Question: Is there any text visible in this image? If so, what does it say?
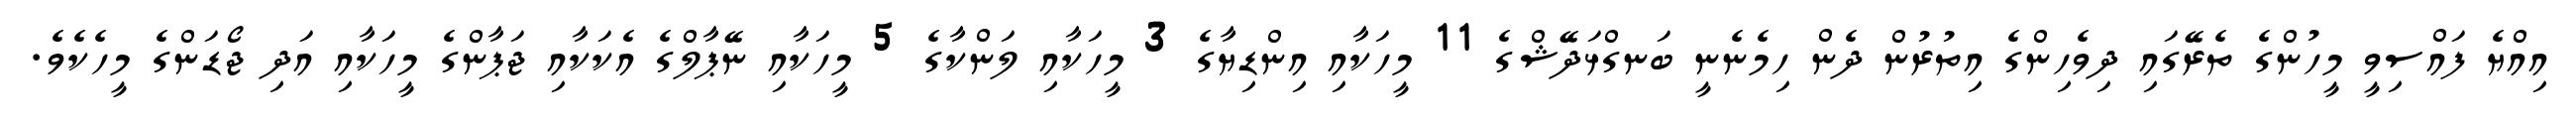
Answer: އިއްޔެ ފައްސިވީ މީހުންގެ ތެރޭގައި ދިވެހިންގެ އިތުރުން ދެން ހިމެނެނީ ބަނގްޅަދޭޝްގެ 11 މީހަކާއި އިންޑިޔާގެ 3 މީހަކާއި ލަންކާގެ 5 މީހަކާއި ނޭޕާލްގެ އެކަކާއި ޖަޕާންގެ މީހަކާއި އަދި ޖޯޑަންގެ މީހެކެވެ.